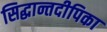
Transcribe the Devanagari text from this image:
सिद्धान्तदीपिका